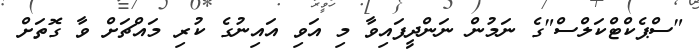
"ސްޕެކްޓްކަލްސް"ގެ ނަމުން ނަންދީފައިވާ މި އަވި އައިނުގެ ކުރި މައްޗަށް ވާ ގޮތަށް